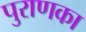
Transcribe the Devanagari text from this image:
पुराणका